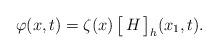
LaTeX: \begin{align*} \varphi(x,t)=\zeta(x) \, \big[\, H\,\big]_h(x_1,t).\end{align*}